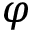
\varphi